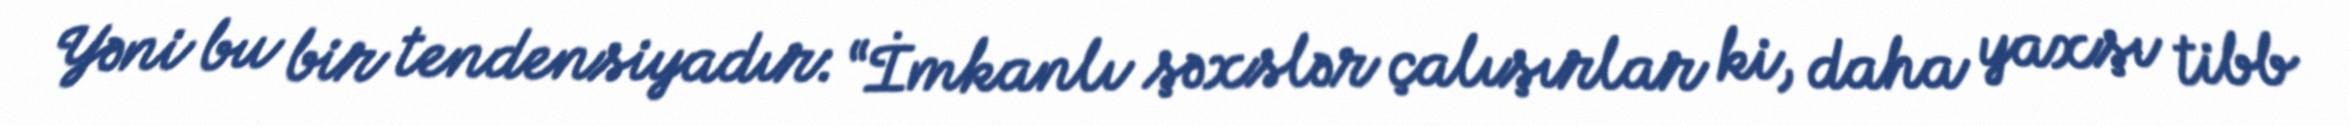
Yəni bu bir tendensiyadır: “İmkanlı şəxslər çalışırlar ki, daha yaxşı tibb